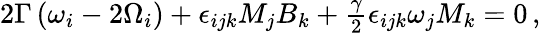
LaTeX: \begin{array}{r}{2\Gamma\left(\omega_{i}-2\Omega_{i}\right)+\epsilon_{ijk}M_{j}B_{k}+\frac{\gamma}{2}\epsilon_{ijk}\omega_{j}M_{k}=0\, ,}\end{array}